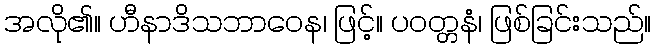
အလို၏။ ဟီနာဒိသဘာဝေန၊ ဖြင့်။ ပဝတ္တနံ၊ ဖြစ်ခြင်းသည်။